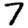
Digit: 7